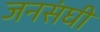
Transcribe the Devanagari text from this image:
जनसंघी